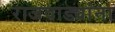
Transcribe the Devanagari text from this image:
राजवाड्यांना